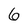
Character: 6